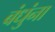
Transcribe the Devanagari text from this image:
बंधुंना